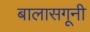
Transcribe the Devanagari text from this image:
बालासगूनी